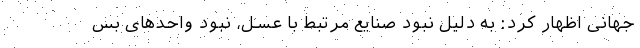
جهانی اظهار کرد: به دلیل نبود صنایع مرتبط با عسل، نبود واحدهای بس